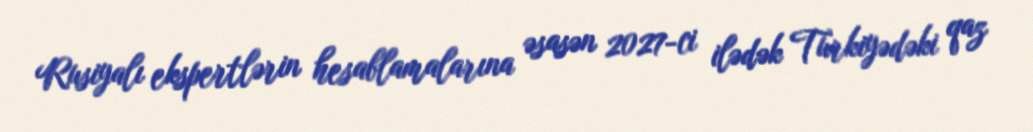
Rusiyalı ekspertlərin hesablamalarına əsasən 2027-ci ilədək Türkiyədəki qaz